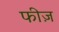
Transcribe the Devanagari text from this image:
फीज़